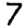
Digit: 7